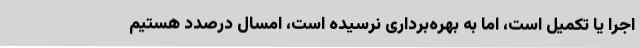
اجرا یا تکمیل است، اما به بهره‌برداری نرسیده است، امسال درصدد هستیم